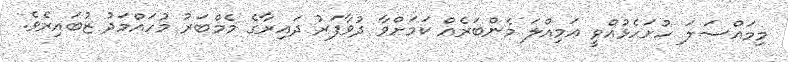
މިމައްސަލަ ހުށަހެޅުއްވީ އަމިއްލަ މެންބަރެއް ކަމަށްވާ ދުވާފަރު ދައިރާގެ މެމްބަރު މުހައްމަދު ޒުބައިރެވެ.